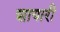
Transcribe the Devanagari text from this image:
शायारी